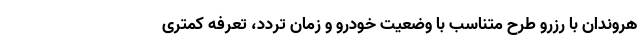
هروندان با رزرو طرح متناسب با وضعیت خودرو و زمان تردد، تعرفه کمتری